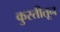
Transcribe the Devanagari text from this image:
कुस्तीतून